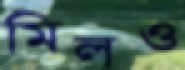
মিলও